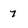
Character: 7